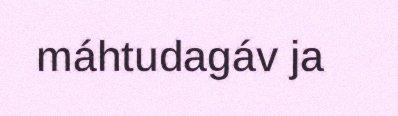
máhtudagáv ja